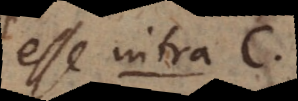
esse intra C.